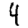
Digit: 4